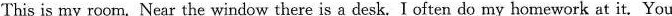
This is my room. Near the window there is a desk. I often do my homework at it. You